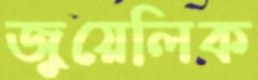
জুয়েলিক